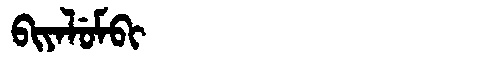
Manchu: ᠪᡳᠶᠠᠯᡠᠮᠪᡳ
Romanization: BIYALUMBI